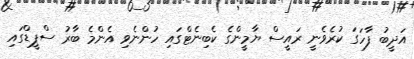
އަދީބު ފާހަގަ ކުރެވެނީ ރައީސް ޔާމީންގެ ކެބިނެޓްގައި ހުންނެވި އެންމެ ބާރު ސްޕީޑްގައި